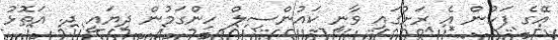
އޭގެ ފަހުން އެ ރަށުގައި ވާނީ ކައުންސިލް ހިންގަމުން ދިޔައީ ދ. އަތޮޅު